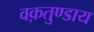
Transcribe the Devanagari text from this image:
वक़तुण्डाय